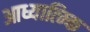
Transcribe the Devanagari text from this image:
आध्यात्म्कि